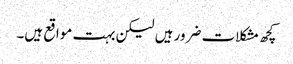
کچھ مشکلات ضرور ہیں لیکن بہت مواقع ہیں۔